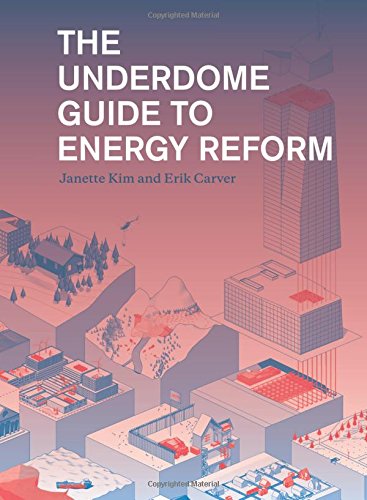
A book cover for The Underdome Guide to Energy Reform; Janette Kim; Crafts, Hobbies & Home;